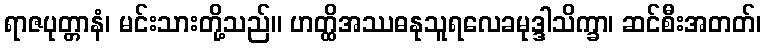
ရာဇပုတ္တာနံ၊ မင်းသားတို့သည်။ ဟတ္ထိအဿဓနုသူရလေခမုဒ္ဒါသိက္ခာ၊ ဆင်စီးအတတ်၊